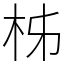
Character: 柹